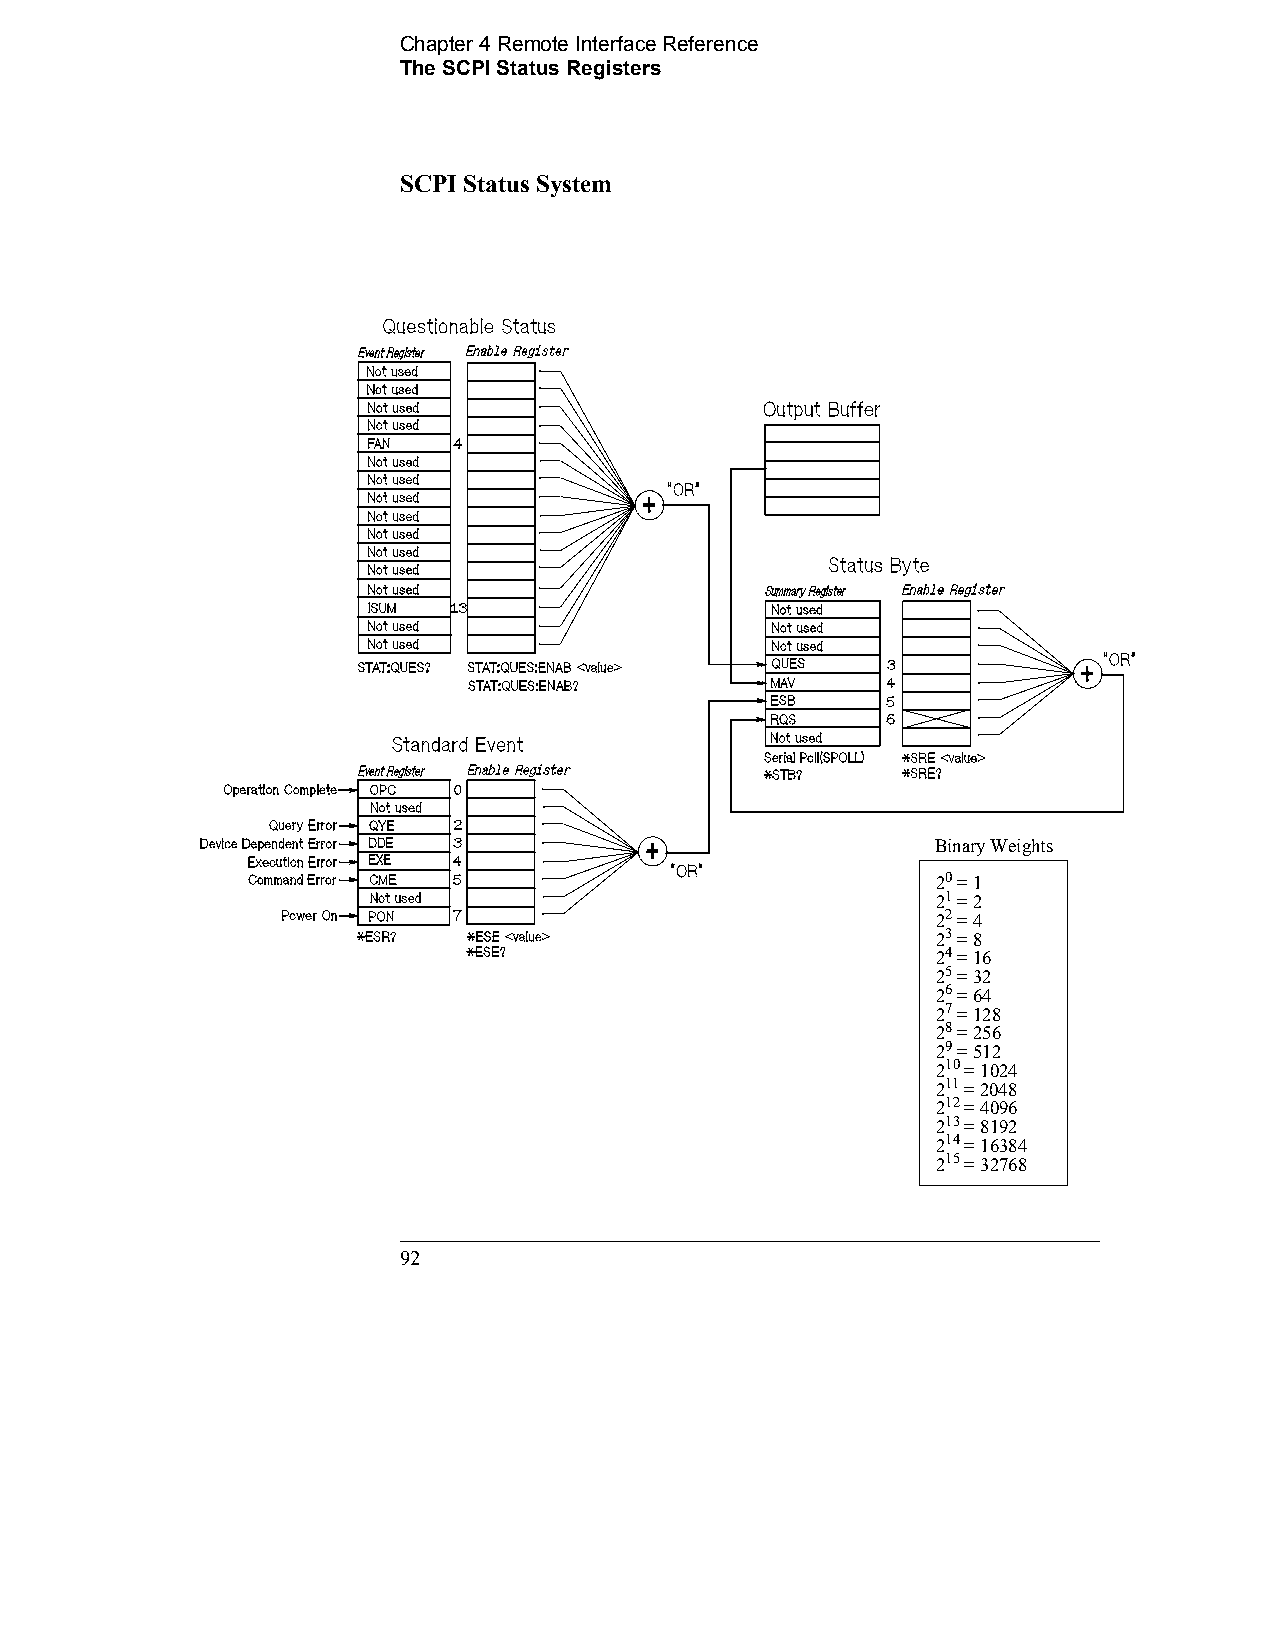
Chapter 4 Remote Interface Reference    
 The SCPI Status Registers
 SCPI Status System
 Binary Weights
 20 = 1
 21 = 2
 22 = 4
 23 = 8
 24 = 16
 25 = 32
 26 = 64
 27 = 128
 28 = 256
 29 = 512
 210 = 1024
 211 = 2048
 212 = 4096
 213 = 8192
 214 = 16384
 215 = 32768
 92                                             